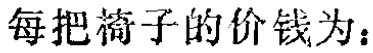
每把椅子的价钱为：